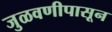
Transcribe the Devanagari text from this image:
जुळवणीपासून